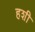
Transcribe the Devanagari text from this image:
हशी